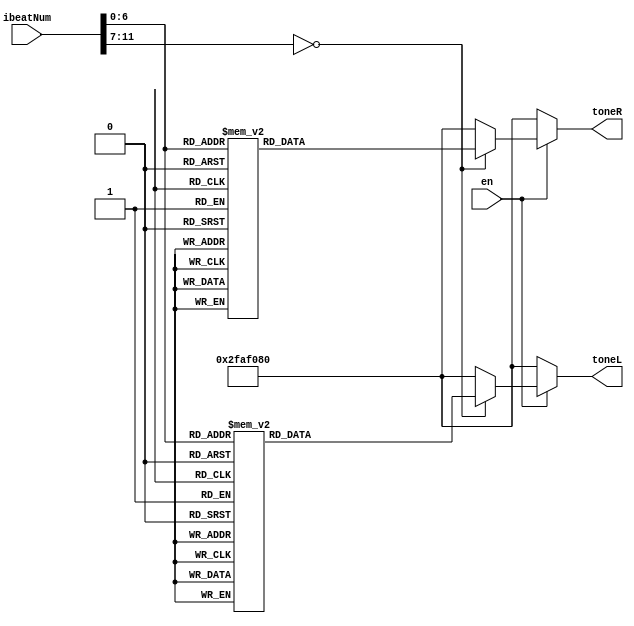
`define c   32'd262   // C3
`define g   32'd392   // G3
`define b   32'd494   // B3
`define hc  32'd524   // C4
`define hd  32'd588   // D4
`define he  32'd660   // E4
`define hf  32'd698   // F4
`define hg  32'd784   // G4

`define sil   32'd50000000 // slience

module music_example (
	input [11:0] ibeatNum,
	input en,
	output reg [31:0] toneL,
    output reg [31:0] toneR
);

    always @* begin
        if(en == 1) begin
            case(ibeatNum)
                // --- Measure 1 ---
                12'd0: toneR = `hg;      12'd1: toneR = `hg; // HG (half-beat)
                12'd2: toneR = `hg;      12'd3: toneR = `hg;
                12'd4: toneR = `hg;      12'd5: toneR = `hg;
                12'd6: toneR = `hg;      12'd7: toneR = `hg;
                12'd8: toneR = `he;      12'd9: toneR = `he; // HE (half-beat)
                12'd10: toneR = `he;     12'd11: toneR = `he;
                12'd12: toneR = `he;     12'd13: toneR = `he;
                12'd14: toneR = `he;     12'd15: toneR = `sil; // (Short break for repetitive notes: high E)

                12'd16: toneR = `he;     12'd17: toneR = `he; // HE (one-beat)
                12'd18: toneR = `he;     12'd19: toneR = `he;
                12'd20: toneR = `he;     12'd21: toneR = `he;
                12'd22: toneR = `he;     12'd23: toneR = `he;
                12'd24: toneR = `he;     12'd25: toneR = `he;
                12'd26: toneR = `he;     12'd27: toneR = `he;
                12'd28: toneR = `he;     12'd29: toneR = `he;
                12'd30: toneR = `he;     12'd31: toneR = `he;

                12'd32: toneR = `hf;     12'd33: toneR = `hf; // HF (half-beat)
                12'd34: toneR = `hf;     12'd35: toneR = `hf;
                12'd36: toneR = `hf;     12'd37: toneR = `hf;
                12'd38: toneR = `hf;     12'd39: toneR = `hf;
                12'd40: toneR = `hd;     12'd41: toneR = `hd; // HD (half-beat)
                12'd42: toneR = `hd;     12'd43: toneR = `hd;
                12'd44: toneR = `hd;     12'd45: toneR = `hd;
                12'd46: toneR = `hd;     12'd47: toneR = `sil; // (Short break for repetitive notes: high D)

                12'd48: toneR = `hd;     12'd49: toneR = `hd; // HD (one-beat)
                12'd50: toneR = `hd;     12'd51: toneR = `hd;
                12'd52: toneR = `hd;     12'd53: toneR = `hd;
                12'd54: toneR = `hd;     12'd55: toneR = `hd;
                12'd56: toneR = `hd;     12'd57: toneR = `hd;
                12'd58: toneR = `hd;     12'd59: toneR = `hd;
                12'd60: toneR = `hd;     12'd61: toneR = `hd;
                12'd62: toneR = `hd;     12'd63: toneR = `hd;

                // --- Measure 2 ---
                12'd64: toneR = `hc;     12'd65: toneR = `hc; // HC (half-beat)
                12'd66: toneR = `hc;     12'd67: toneR = `hc;
                12'd68: toneR = `hc;     12'd69: toneR = `hc;
                12'd70: toneR = `hc;     12'd71: toneR = `hc;
                12'd72: toneR = `hd;     12'd73: toneR = `hd; // HD (half-beat)
                12'd74: toneR = `hd;     12'd75: toneR = `hd;
                12'd76: toneR = `hd;     12'd77: toneR = `hd;
                12'd78: toneR = `hd;     12'd79: toneR = `hd;

                12'd80: toneR = `he;     12'd81: toneR = `he; // HE (half-beat)
                12'd82: toneR = `he;     12'd83: toneR = `he;
                12'd84: toneR = `he;     12'd85: toneR = `he;
                12'd86: toneR = `he;     12'd87: toneR = `he;
                12'd88: toneR = `hf;     12'd89: toneR = `hf; // HF (half-beat)
                12'd90: toneR = `hf;     12'd91: toneR = `hf;
                12'd92: toneR = `hf;     12'd93: toneR = `hf;
                12'd94: toneR = `hf;     12'd95: toneR = `hf;

                12'd96: toneR = `hg;     12'd97: toneR = `hg; // HG (half-beat)
                12'd98: toneR = `hg;     12'd99: toneR = `hg;
                12'd100: toneR = `hg;    12'd101: toneR = `hg;
                12'd102: toneR = `hg;    12'd103: toneR = `sil; // (Short break for repetitive notes: high D)
                12'd104: toneR = `hg;    12'd105: toneR = `hg; // HG (half-beat)
                12'd106: toneR = `hg;    12'd107: toneR = `hg;
                12'd108: toneR = `hg;    12'd109: toneR = `hg;
                12'd110: toneR = `hg;    12'd111: toneR = `sil; // (Short break for repetitive notes: high D)

                12'd112: toneR = `hg;    12'd113: toneR = `hg; // HG (one-beat)
                12'd114: toneR = `hg;    12'd115: toneR = `hg;
                12'd116: toneR = `hg;    12'd117: toneR = `hg;
                12'd118: toneR = `hg;    12'd119: toneR = `hg;
                12'd120: toneR = `hg;    12'd121: toneR = `hg;
                12'd122: toneR = `hg;    12'd123: toneR = `hg;
                12'd124: toneR = `hg;    12'd125: toneR = `hg;
                12'd126: toneR = `hg;    12'd127: toneR = `hg;

                default: toneR = `sil;
            endcase
        end else begin
            toneR = `sil;
        end
    end

    always @(*) begin
        if(en == 1)begin
            case(ibeatNum)
                12'd0: toneL = `hc;  	12'd1: toneL = `hc; // HC (two-beat)
                12'd2: toneL = `hc;  	12'd3: toneL = `hc;
                12'd4: toneL = `hc;	    12'd5: toneL = `hc;
                12'd6: toneL = `hc;  	12'd7: toneL = `hc;
                12'd8: toneL = `hc;	    12'd9: toneL = `hc;
                12'd10: toneL = `hc;	12'd11: toneL = `hc;
                12'd12: toneL = `hc;	12'd13: toneL = `hc;
                12'd14: toneL = `hc;	12'd15: toneL = `hc;

                12'd16: toneL = `hc;	12'd17: toneL = `hc;
                12'd18: toneL = `hc;	12'd19: toneL = `hc;
                12'd20: toneL = `hc;	12'd21: toneL = `hc;
                12'd22: toneL = `hc;	12'd23: toneL = `hc;
                12'd24: toneL = `hc;	12'd25: toneL = `hc;
                12'd26: toneL = `hc;	12'd27: toneL = `hc;
                12'd28: toneL = `hc;	12'd29: toneL = `hc;
                12'd30: toneL = `hc;	12'd31: toneL = `hc;

                12'd32: toneL = `g;	    12'd33: toneL = `g; // G (one-beat)
                12'd34: toneL = `g;	    12'd35: toneL = `g;
                12'd36: toneL = `g;	    12'd37: toneL = `g;
                12'd38: toneL = `g;	    12'd39: toneL = `g;
                12'd40: toneL = `g;	    12'd41: toneL = `g;
                12'd42: toneL = `g;	    12'd43: toneL = `g;
                12'd44: toneL = `g;	    12'd45: toneL = `g;
                12'd46: toneL = `g;	    12'd47: toneL = `g;

                12'd48: toneL = `b;	    12'd49: toneL = `b; // B (one-beat)
                12'd50: toneL = `b;	    12'd51: toneL = `b;
                12'd52: toneL = `b;	    12'd53: toneL = `b;
                12'd54: toneL = `b;	    12'd55: toneL = `b;
                12'd56: toneL = `b;	    12'd57: toneL = `b;
                12'd58: toneL = `b;	    12'd59: toneL = `b;
                12'd60: toneL = `b;	    12'd61: toneL = `b;
                12'd62: toneL = `b;	    12'd63: toneL = `b;

                12'd64: toneL = `hc;	12'd65: toneL = `hc; // HC (two-beat)
                12'd66: toneL = `hc;    12'd67: toneL = `hc;
                12'd68: toneL = `hc;	12'd69: toneL = `hc;
                12'd70: toneL = `hc;	12'd71: toneL = `hc;
                12'd72: toneL = `hc;	12'd73: toneL = `hc;
                12'd74: toneL = `hc;	12'd75: toneL = `hc;
                12'd76: toneL = `hc;	12'd77: toneL = `hc;
                12'd78: toneL = `hc;	12'd79: toneL = `hc;

                12'd80: toneL = `hc;	12'd81: toneL = `hc;
                12'd82: toneL = `hc;    12'd83: toneL = `hc;
                12'd84: toneL = `hc;    12'd85: toneL = `hc;
                12'd86: toneL = `hc;    12'd87: toneL = `hc;
                12'd88: toneL = `hc;    12'd89: toneL = `hc;
                12'd90: toneL = `hc;    12'd91: toneL = `hc;
                12'd92: toneL = `hc;    12'd93: toneL = `hc;
                12'd94: toneL = `hc;    12'd95: toneL = `hc;

                12'd96: toneL = `g;	    12'd97: toneL = `g; // G (one-beat)
                12'd98: toneL = `g; 	12'd99: toneL = `g;
                12'd100: toneL = `g;	12'd101: toneL = `g;
                12'd102: toneL = `g;	12'd103: toneL = `g;
                12'd104: toneL = `g;	12'd105: toneL = `g;
                12'd106: toneL = `g;	12'd107: toneL = `g;
                12'd108: toneL = `g;	12'd109: toneL = `g;
                12'd110: toneL = `g;	12'd111: toneL = `g;

                12'd112: toneL = `b;	12'd113: toneL = `b; // B (one-beat)
                12'd114: toneL = `b;	12'd115: toneL = `b;
                12'd116: toneL = `b;	12'd117: toneL = `b;
                12'd118: toneL = `b;	12'd119: toneL = `b;
                12'd120: toneL = `b;	12'd121: toneL = `b;
                12'd122: toneL = `b;	12'd123: toneL = `b;
                12'd124: toneL = `b;	12'd125: toneL = `b;
                12'd126: toneL = `b;	12'd127: toneL = `b;

                default : toneL = `sil;
            endcase
        end
        else begin
            toneL = `sil;
        end
    end
endmodule